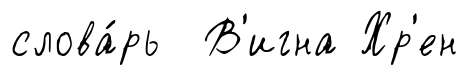
слова́рь В'игна Хр'ен